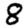
Digit: 8